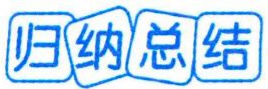
归纳总结